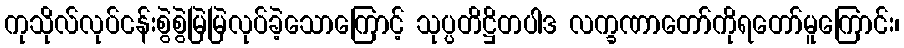
ကုသိုလ်လုပ်ငန်းစွဲစွဲမြဲမြဲလုပ်ခဲ့သောကြောင့် သုပ္ပတိဋ္ဌိတပါဒ လက္ခဏာတော်ကိုရတော်မူကြောင်း၊